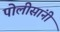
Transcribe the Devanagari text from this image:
पोलीसांनी